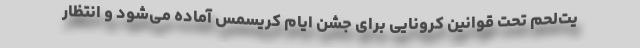
یت‌لحم تحت قوانین کرونایی برای جشن ایام کریسمس آماده می‌شود و انتظار